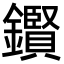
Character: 鑦